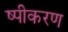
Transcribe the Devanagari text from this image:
ष्पीकरण